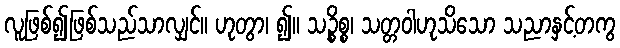
လူဖြစ်၍ဖြစ်သည်သာလျှင်။ ဟုတွာ၊ ၍။ သဉ္စိစ္စ၊ သတ္တဝါဟုသိသော သညာနှင့်တကွ